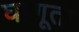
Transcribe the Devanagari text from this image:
घरगूती